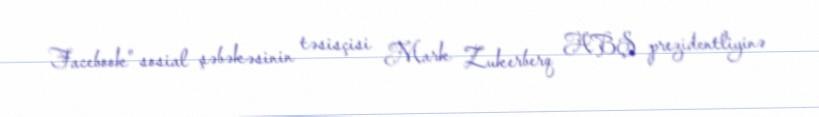
Facebook" sosial şəbəkəsinin təsisçisi Mark Zukerberq ABŞ prezidentliyinə